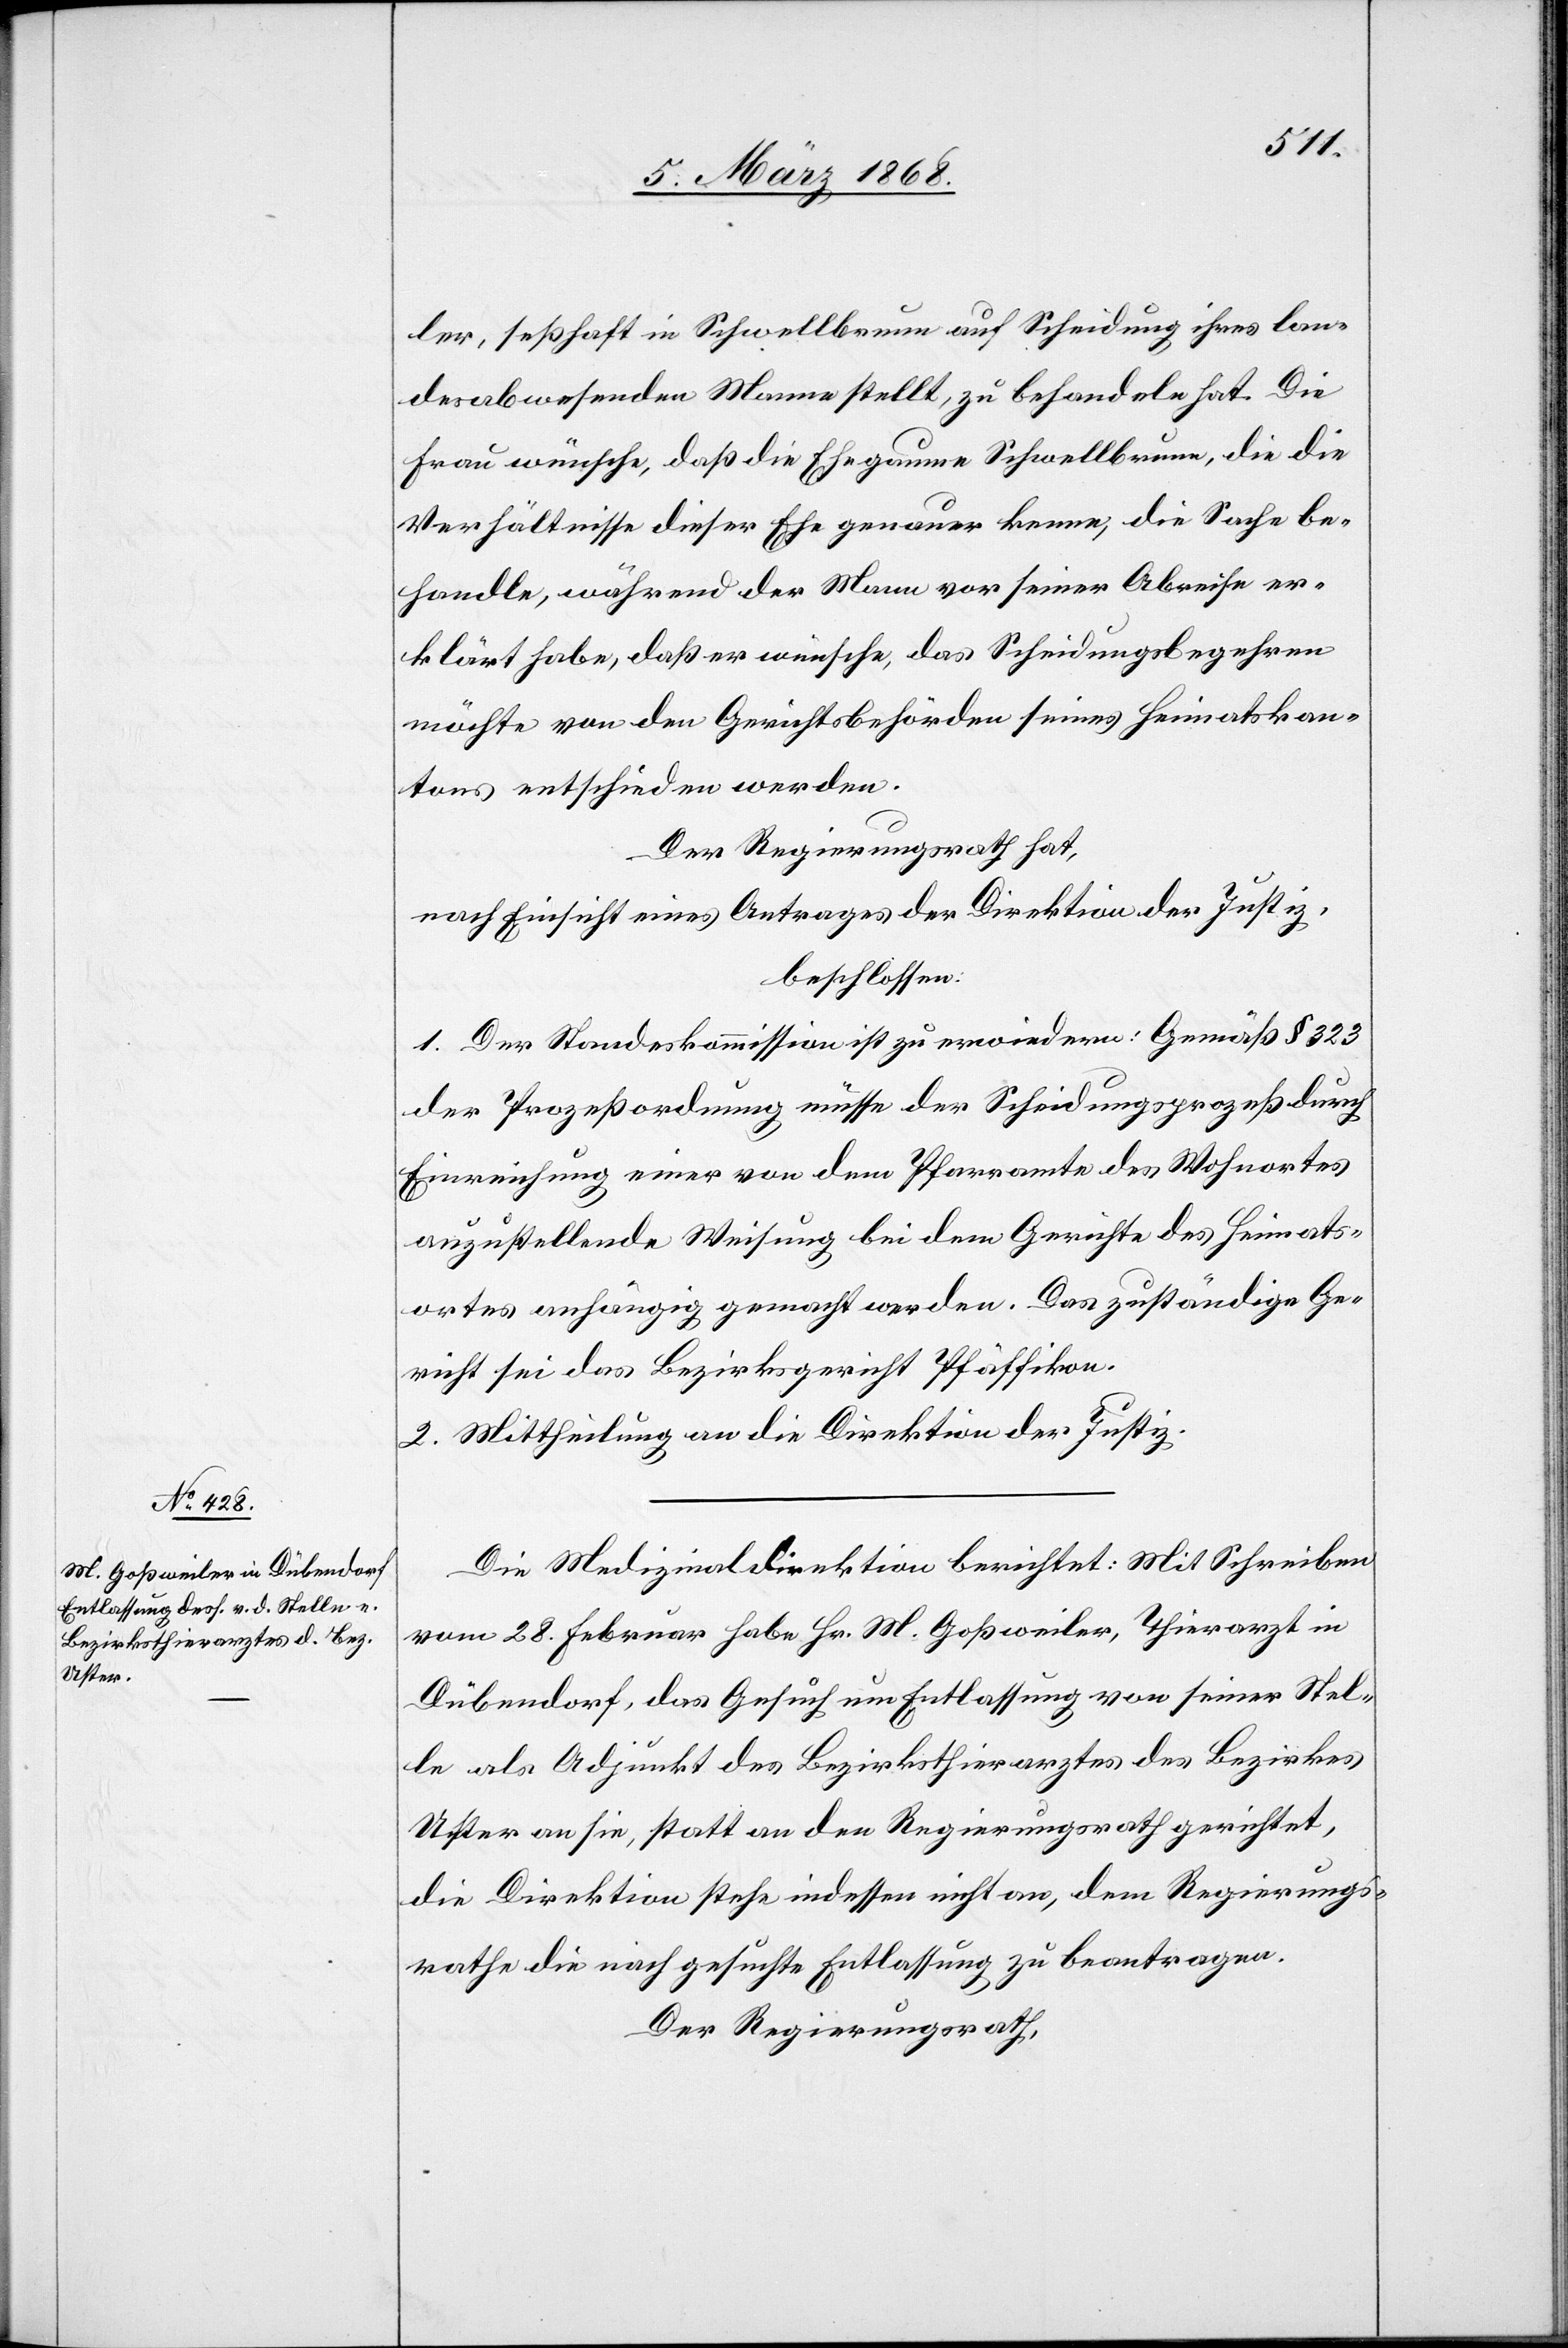
ler, seßhaft in Schwellbrunn auf Scheidung ihres lan¬
desabwesenden Manne[s] stellt, zu behandeln hat. Die
Frau wünsche, daß die Ehegaume Schwellbrunn, die die
Verhältnisse dieser Ehe genauer kenne, die Sache be¬
handle, während der Mann vor seiner Abreise er¬
klärt habe, daß er wünsche, das Scheidungsbegehren
möchte von den Gerichtsbehörden seines Heimatskan¬
tons entschieden werden.
Der Regierungsrath hat,
nach Einsicht eines Antrages der Direktion der Justiz,
beschlossen:
1. Der Standeskommission ist zu erwiedern: Gemäß § 323
der Prozeßordnung müsse der Scheidungsprozeß durch
Einreichung einer von dem Pfarramte des Wohnortes
anzustellende[n] Weisung bei dem Gerichte des Heimats¬
ortes anhängig gemacht werden. Das zuständige Ge¬
richt sei das Bezirksgericht Pfäffikon.
2. Mittheilung an die Direktion der Justiz.
Die Medizinaldirektion berichtet: Mit Schreiben
vom 28. Februar habe Hr. M. Goßweiler, Thierarzt in
Dübendorf, das Gesuch um Entlassung von seiner Stel¬
le als Adjunkt des Bezirksthierarztes des Bezirkes
Uster an sie, statt an den Regierungsrath gerichtet,
die Direktion stehe indessen nicht an, dem Regierungs¬
rathe die nachgesuchte Entlassung zu beantragen.
Der Regierungsrath,